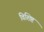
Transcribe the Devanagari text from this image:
विशिष्ट